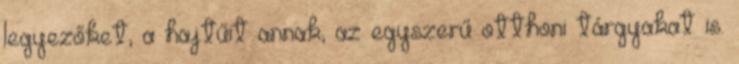
legyezőket, a hajtűit annak, az egyszerű otthoni tárgyakat is.